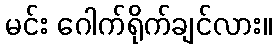
မင်း ဂေါက်ရိုက်ချင်လား။